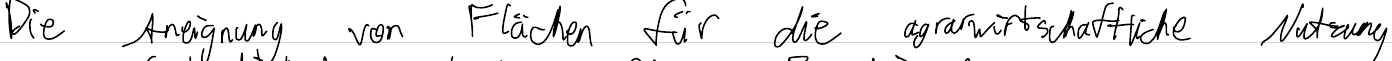
Die Aneignung von Flächen für die agrarwirtschaftliche Nutzung